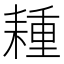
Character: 𦔉